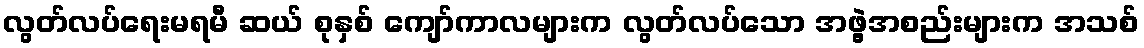
လွတ်လပ်ရေးမရမီ ဆယ် စုနှစ် ကျော်ကာလများက လွတ်လပ်သော အဖွဲ့အစည်းများက အသစ်